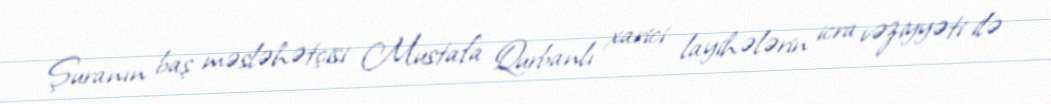
Şuranın baş məsləhətçisi Mustafa Qurbanlı xarici layihələrin icra vəziyyəti ilə